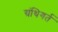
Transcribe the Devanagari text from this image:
ग्रंथिगर्त